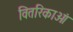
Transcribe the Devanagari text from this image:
वितरिकाओं